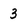
Character: 3